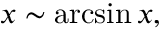
x \sim \arcsin x ,